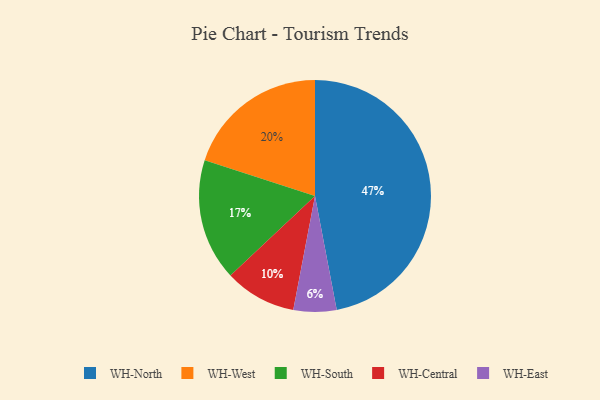
{"axis": {"x": "Category", "y": "Percentage"}, "legend": ["WH-Central", "WH-East", "WH-North", "WH-South", "WH-West"], "data": [{"x": "WH-South", "y": 17, "type": "WH-South"}, {"x": "WH-East", "y": 6, "type": "WH-East"}, {"x": "WH-North", "y": 47, "type": "WH-North"}, {"x": "WH-Central", "y": 10, "type": "WH-Central"}, {"x": "WH-West", "y": 20, "type": "WH-West"}]}